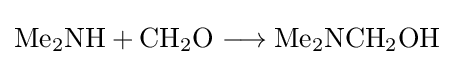
{\mathrm {Me} {\vphantom {A}}_{\smash[{t}]{2}}\mathrm {NH} {}+{}\mathrm {CH} {\vphantom {A}}_{\smash[{t}]{2}}\mathrm {O} {}\mathrel {\longrightarrow } {}\mathrm {Me} {\vphantom {A}}_{\smash[{t}]{2}}\mathrm {NCH} {\vphantom {A}}_{\smash[{t}]{2}}\mathrm {OH} }